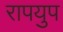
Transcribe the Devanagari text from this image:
रापयुप